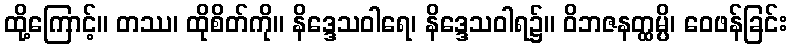
ထို့ကြောင့်။ တဿ၊ ထိုစိတ်ကို။ နိဒ္ဒေသဝါရေ၊ နိဒ္ဒေသဝါရ၌။ ဝိဘဇနတ္ထမ္ပိ၊ ဝေဖန်ခြင်း